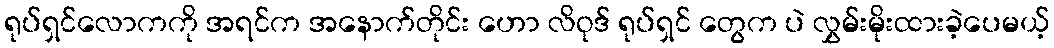
ရုပ်ရှင်လောကကို အရင်က အနောက်တိုင်း ဟော လိဝုဒ် ရုပ်ရှင် တွေက ပဲ လွှမ်းမိုးထားခဲ့ပေမယ့်